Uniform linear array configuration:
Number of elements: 12
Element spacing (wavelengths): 1
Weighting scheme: hann
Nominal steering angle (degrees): -60
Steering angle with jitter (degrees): -61.489
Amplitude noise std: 0.05
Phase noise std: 0.05

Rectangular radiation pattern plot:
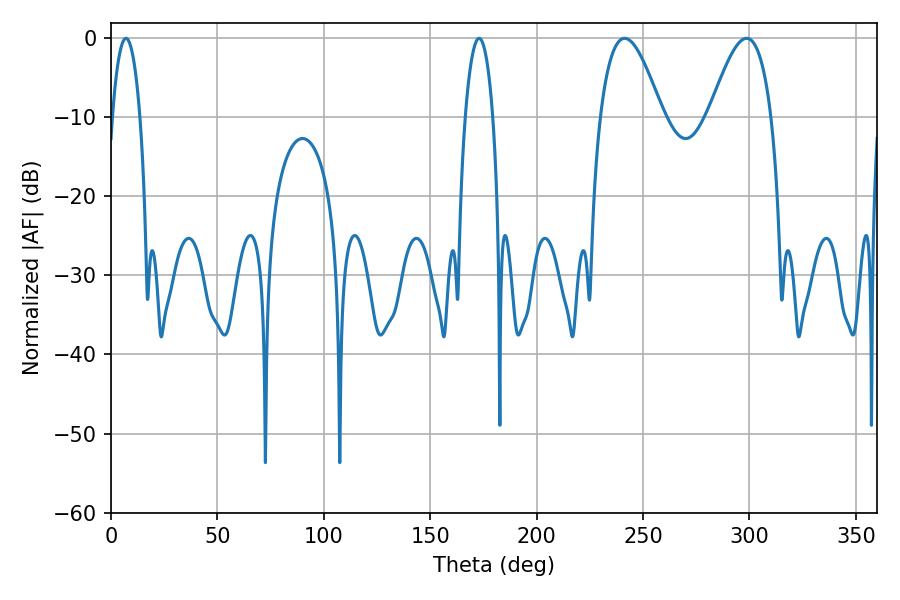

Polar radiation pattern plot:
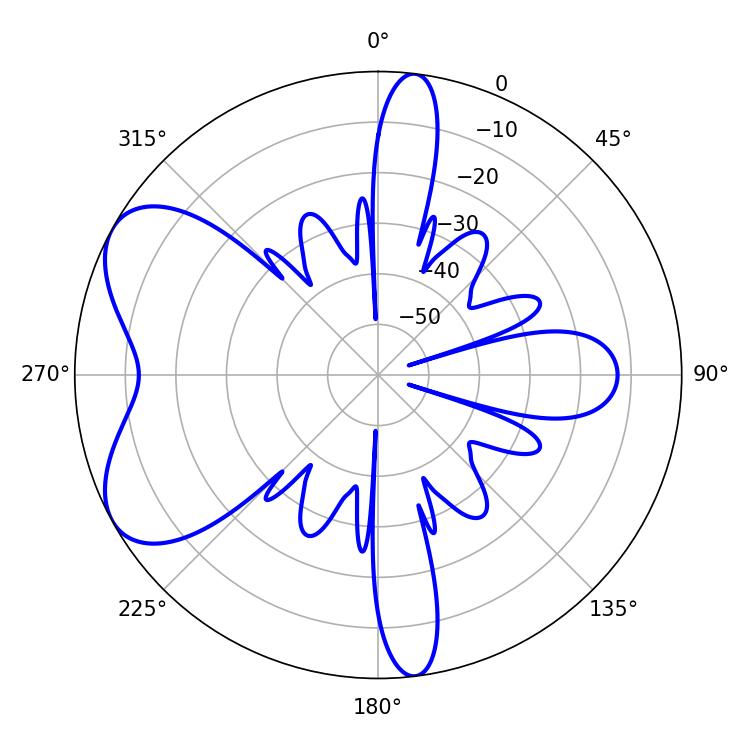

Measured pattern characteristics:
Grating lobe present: TRUE
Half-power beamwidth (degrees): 7.2
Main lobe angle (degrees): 7.02